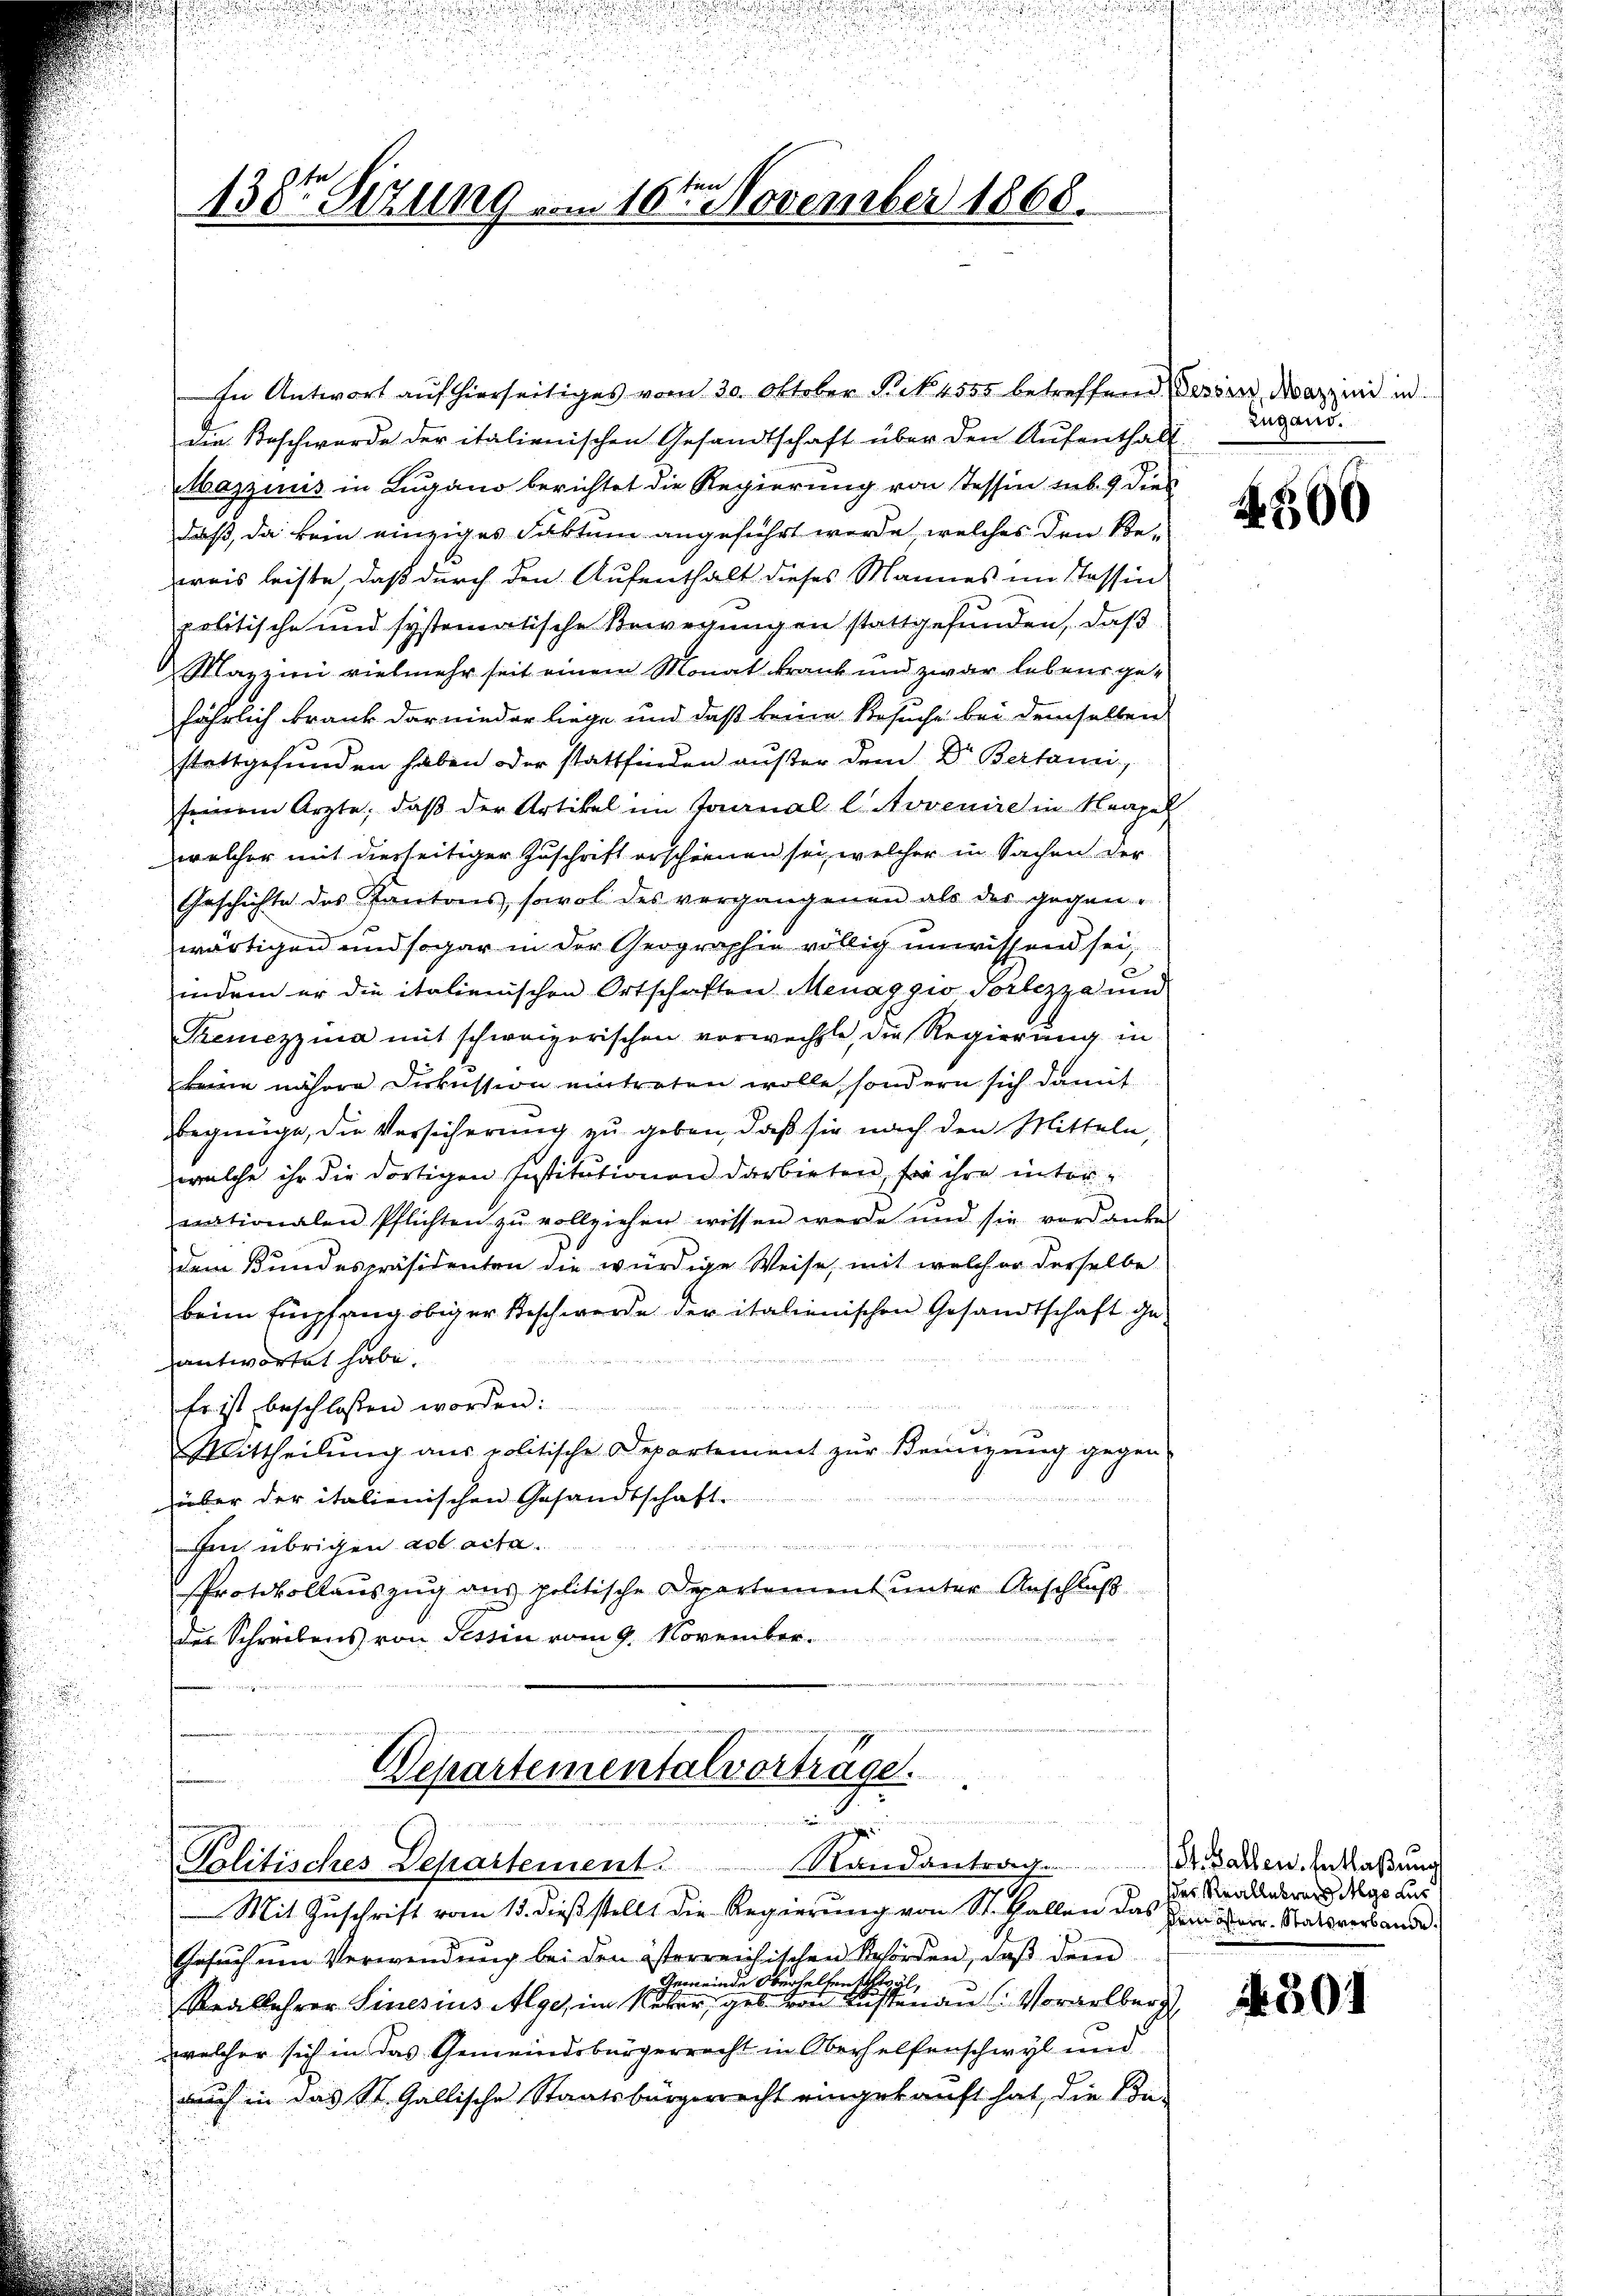
138te Sitzung vom 16te͇n November 1868.

In Antwort auf hierseitiges vom 20. Oktober N. N. 4555 betreffend Tessin, darzuid in
die Beschwerde der italienischen Gesandtschaft über den Aufenthalt
Mazzinis in Lugano berichtet die Regierung von Tessin sub. 9 dies
daß, da kein einziges Faktum angeführt werde, welches den Be-
zweis leiste, daß durch den Aufenthalt dieses Mannes im Tessin
politische und systematische Bewegungen stattgefunden, daß
Mazzini vielmehr seit einem Monat krank und zwar lebens gejährlich krank darnieder liege und daß keine Besuche bei demselben
stattgefunden haben oder stattfinden außer dem Dr. Bertanni,
seinem Ärzte, daß der Artikel im Journal l. Novenire in Neapel
welcher mit derseitiger Zuschrift erscheinen sei, welcher in Sachen der
Geschichte des Kantons, sowol des vergangenen als des gegen-
wärtigen und sogar in der Geographie völlig unwissend sei,
6
indem er die italienischen Ortschaften Menaggio Tortezza und
Tremezzia mit schweizerischen vorwechste, die Regierung in
keine nähere Diskussion eintreten wolle, sondern sich damit
begnüge, die Versicherung zu geben, daß sie nach den Mitteln,
welche ihr die dortigen Institutionen darbieten, sie ihre intervationalen Pflichten zu vollziehen wissen werde und sie verdanke
dem Bundespräsidenten die würdige Weise, mit welcher derselbe
beim Empfang obiger Beschwerde der italienischen Gesandtschaft geantwortet habe.
u
Es ist beschlossen worden:
Mittheilŭng ans politische Departement zŭr Keinigŭng gegen
über der italienischen Gesandtschaft.
  hat die erwegen, wo er
in übrigen ad acta.
Protokollauszug aus politische Departement unter Anschluß
der Schreibens von Tessin vom 9. November.

Departementalvorträge.
.

Randantrag. 10t. Gallen. Entlaßung
Politisches Departement.
Mit Zuschrift vom 15. dieß stellt die Regierung von St. Gallen das Zimmen. Statsverbande

Gesuch um Verwendung bei den österreichischen Behörden, daβ dem
Gemeinde Oberhelfen schwyl
Reallehrer Sinesius Alge, im Neber, geb. von Küstenau Vorarlberg
welcher sich in das Gemeindsbürgerrecht in Oberhelfenschwyl und
auch in das St. Gallische Staatsbürgerrecht eingekauft hat, die Kon-

Zugand.

4560

des Reallabruch das Aus

4501